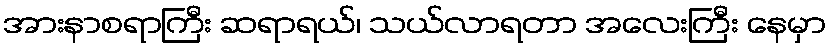
အားနာစရာကြီး ဆရာရယ်၊ သယ်လာရတာ အလေးကြီး နေမှာ